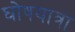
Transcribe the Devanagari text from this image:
घोषयात्रा